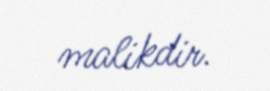
malikdir.